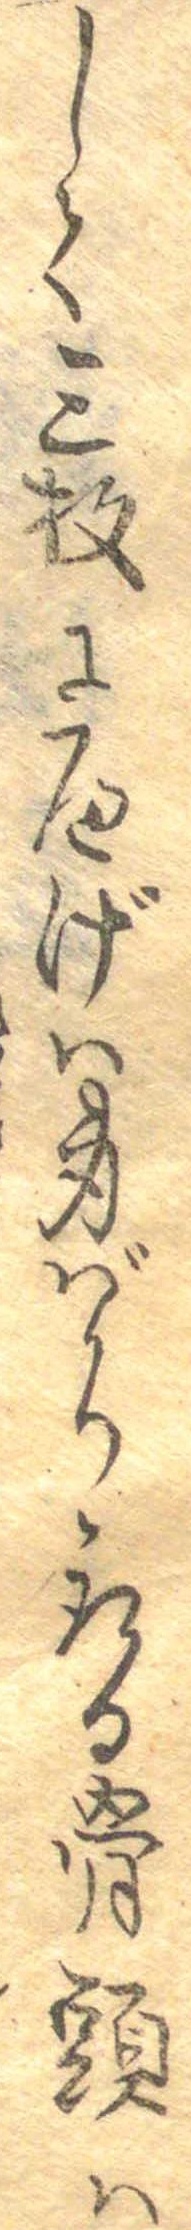
して三枚にへげは身ばかり取る骨頭は